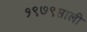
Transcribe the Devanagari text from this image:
१९७९साली